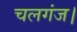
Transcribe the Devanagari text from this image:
चलगंज।